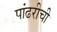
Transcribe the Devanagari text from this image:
पांढरीची